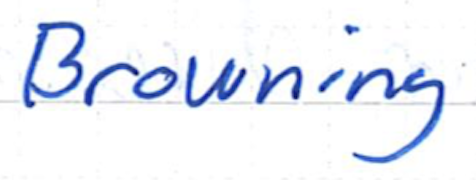
Text: Browning
Cross-out: clean
Writing tool: ballpoint